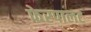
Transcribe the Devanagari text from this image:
फेरपालट